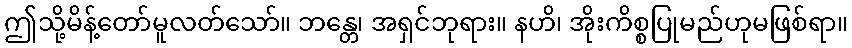
ဤသို့မိန့်တော်မူလတ်သော်။ ဘန္တေ၊ အရှင်ဘုရား။ နဟိ၊ အိုးကိစ္စပြုမည်ဟုမဖြစ်ရာ။